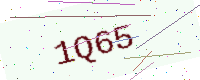
Text: 1Q65